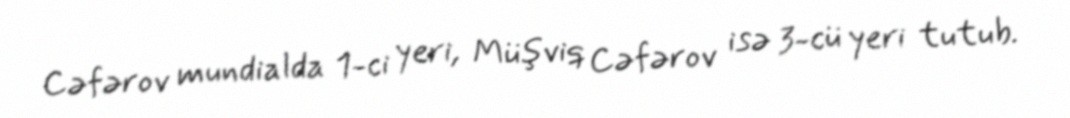
Cəfərov mundialda 1-ci yeri, Müşviq Cəfərov isə 3-cü yeri tutub.